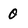
Character: 0